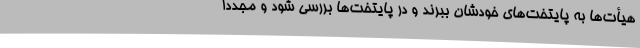
هیأت‌ها به پایتخت‌های خودشان ببرند و در پایتخت‌ها بررسی شود و مجددا